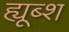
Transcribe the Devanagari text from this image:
ह्यूब्श